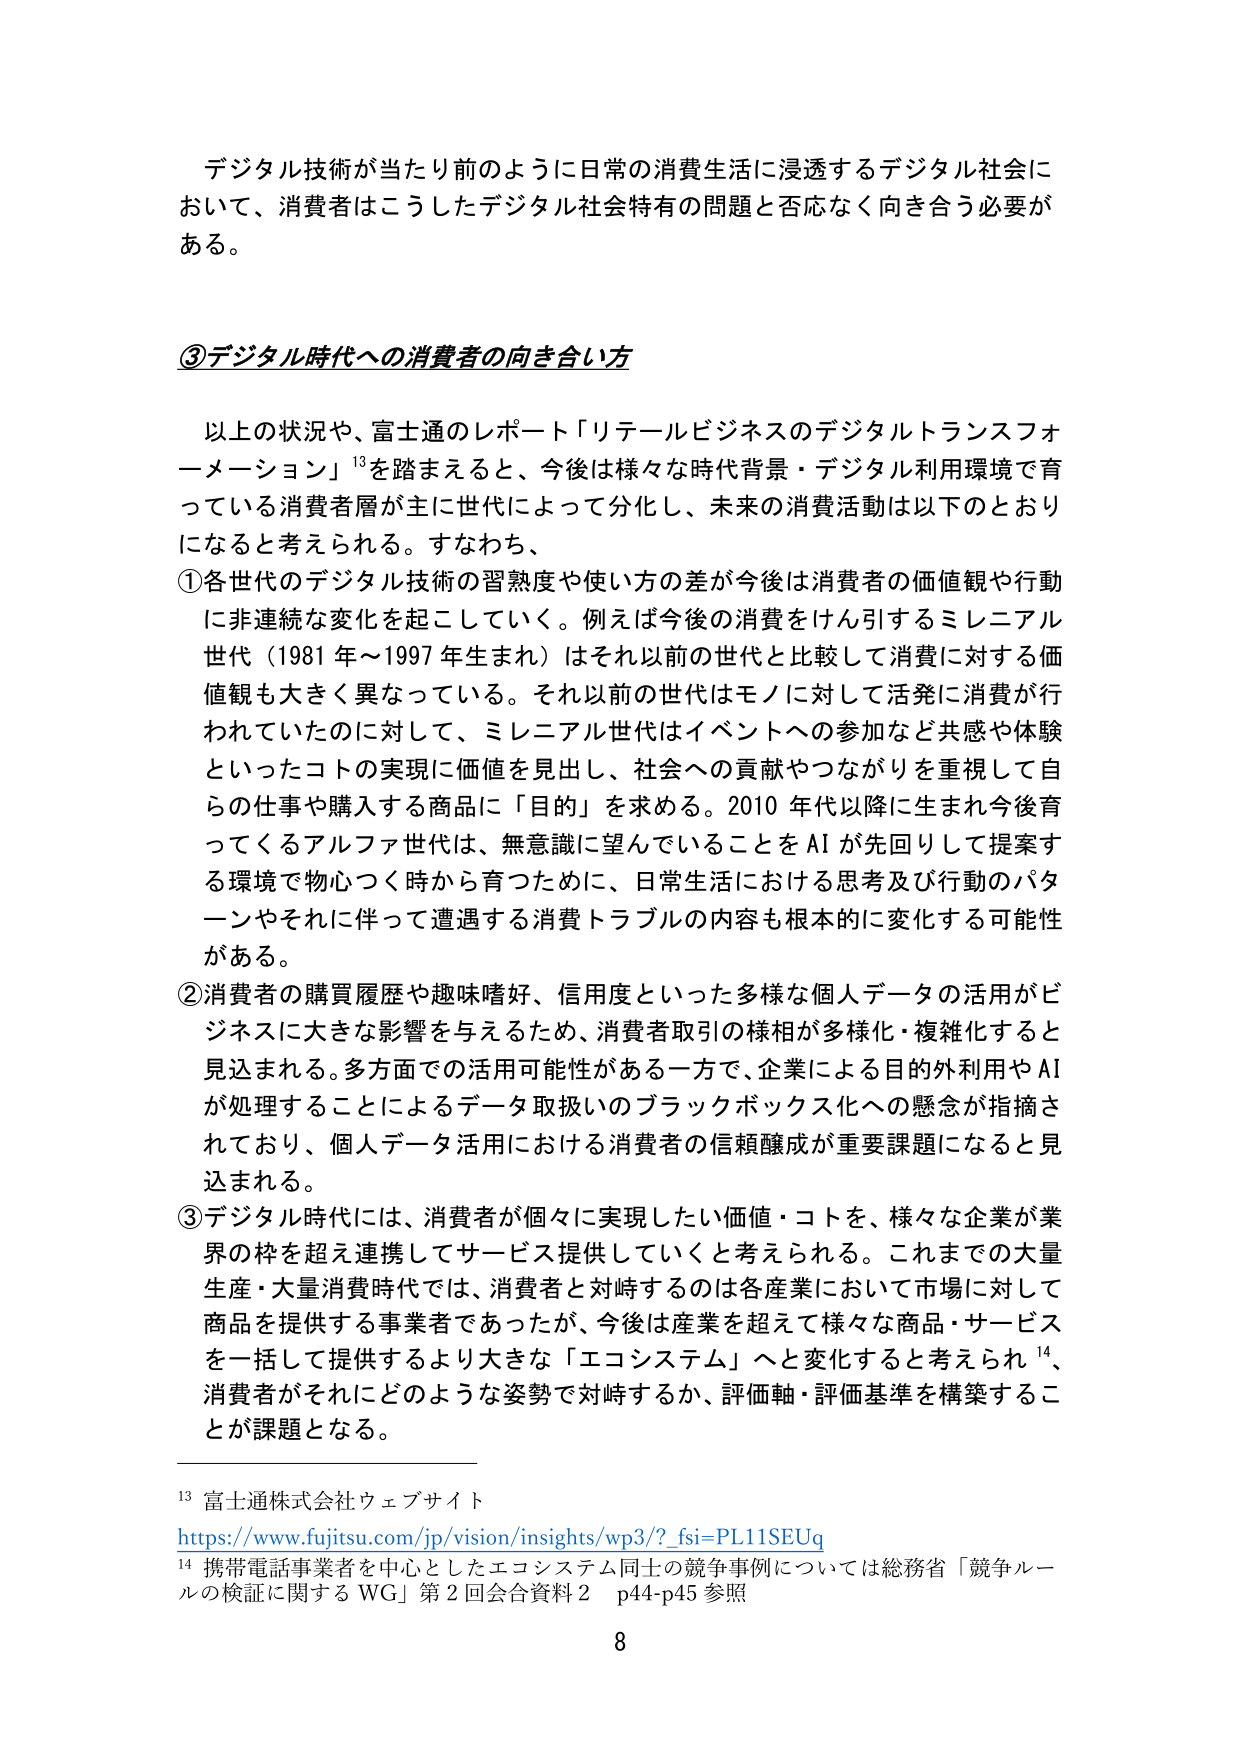
デジタル技術が当たり前のように日常の消費生活に浸透するデジタル社会において、消費者はこうしたデジタル社会特有の問題と否応なく向き合う必要がある。

③デジタル時代への消費者の向き合い方

以上の状況や、富士通のレポート「リテールビジネスのデジタルトランスフォーメーション」¹³を踏まえると、今後は様々な時代背景・デジタル利用環境で育っている消費者層が主に世代によって分化し、未来の消費活動は以下のとおりになると考えられる。すなわち、

①各世代のデジタル技術の習熟度や使い方の差が今後は消費者の価値観や行動に非連続な変化を起こしていく。例えば今後の消費をけん引するミレニアル世代（1981年～1997年生まれ）はそれ以前の世代と比較して消費に対する価値観も大きく異なっている。それ以前の世代はモノに対して活発に消費が行われていたのに対して、ミレニアル世代はイベントへの参加など共感や体験といったコトの実現に価値を見出し、社会への貢献やつながりを重視して自らの仕事や購入する商品に「目的」を求める。2010年代以降に生まれ今後育ってくるアルファ世代は、無意識に望んでいることをAIが先回りして提案する環境で物心つく時から育つために、日常生活における思考及び行動のパターンやそれに伴って遭遇する消費トラブルの内容も根本的に変化する可能性がある。

②消費者の購買履歴や趣味嗜好、信用度といった多様な個人データの活用がビジネスに大きな影響を与えるため、消費者取引の様相が多様化・複雑化すると見込まれる。多方面での活用可能性がある一方で、企業による目的外利用やAIが処理することによるデータ取扱いのブラックボックス化への懸念が指摘されており、個人データ活用における消費者の信頼醸成が重要課題になると見込まれる。

③デジタル時代には、消費者が個々に実現したい価値・コトを、様々な企業が業界の枠を超え連携してサービス提供していくと考えられる。これまでの大量生産・大量消費時代では、消費者と対峙するのは各産業において市場に対して商品を提供する事業者であったが、今後は産業を超えて様々な商品・サービスを一括して提供するより大きな「エコシステム」へと変化すると考えられ¹⁴、消費者がそれにどのような姿勢で対峙するか、評価軸・評価基準を構築することが課題となる。

¹³ 富士通株式会社ウェブサイト
https://www.fujitsu.com/jp/vision/insights/wp3/?_fsi=PL11SEUq
¹⁴ 携帯電話事業者を中心としたエコシステム同士の競争事例については総務省「競争ルールの検証に関するWG」第2回会合資料2 p44-p45参照

8